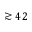
\gtrsim 4 2